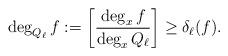
LaTeX: \begin{align*}\deg_{Q_\ell}f:=\left[\frac{\deg_xf}{\deg_xQ_\ell}\right]\ge\delta_\ell(f).\end{align*}